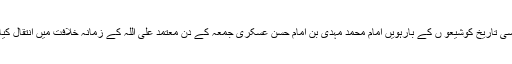
۲۶۶ھ؁ کی اسی تاریخ کوشیعو ں کے بارہویں امام محمد مہدی بن امام حسن عسکری جمعہ کے دن معتمد علی اللہ کے زمانۂ خلافت میں انتقال کیا یا غائب ہوئے۔